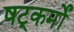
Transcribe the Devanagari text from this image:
षट्कर्मों